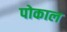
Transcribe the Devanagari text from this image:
पोकाल